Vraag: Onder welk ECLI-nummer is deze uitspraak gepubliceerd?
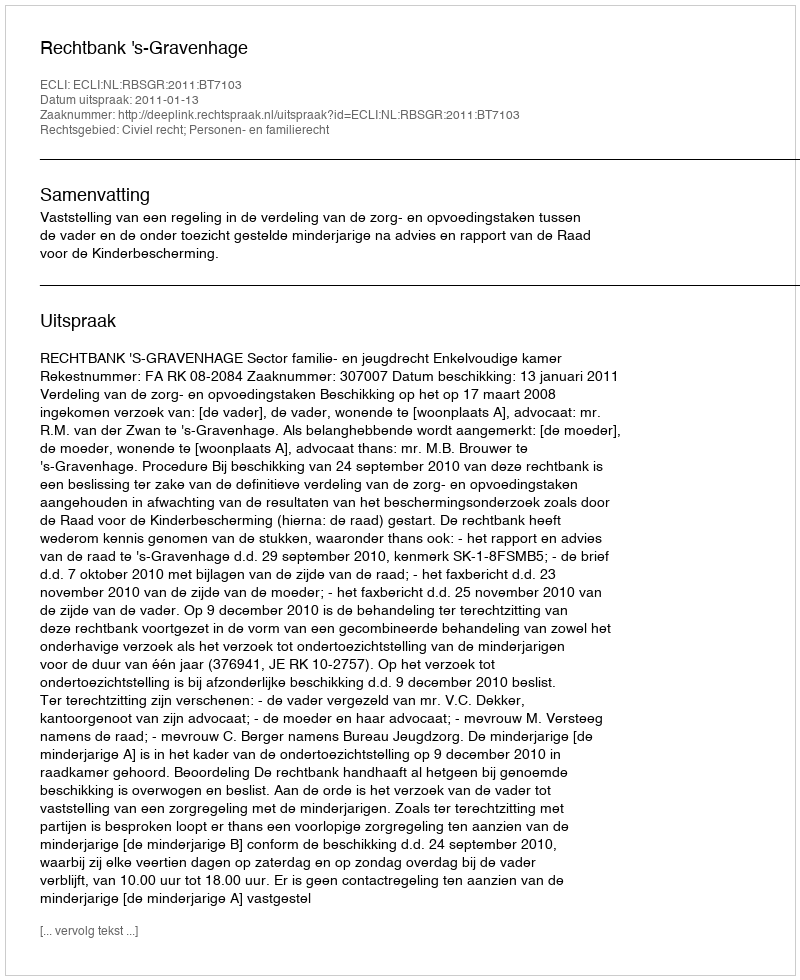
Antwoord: ECLI:NL:RBSGR:2011:BT7103